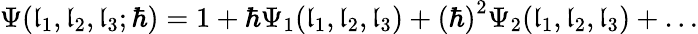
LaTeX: \Psi(\mathfrak{l}_{1},\mathfrak{l}_{2},\mathfrak{l}_{3};\hbar)=1+{\hbar}\Psi_{1}(\mathfrak{l}_{1},\mathfrak{l}_{2},\mathfrak{l}_{3})+\left(\hbar\right)^{2}\Psi_{2}(\mathfrak{l}_{1},\mathfrak{l}_{2},\mathfrak{l}_{3})+\ldots